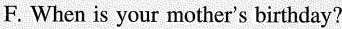
F. When is your mother's birthday?